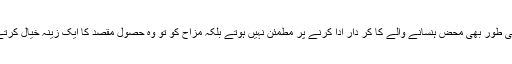
وہ کسی طور بھی محض ہنسانے والے کا کر دار ادا کرنے پر مطمئن نہیں ہوتے بلکہ مزاح کو تو وہ حصول مقصد کا ایک زینہ خیال کرتے ہیں۔